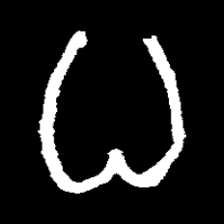
Pyu character \u2014 Myanmar letter: ဓ (romanized: dha)